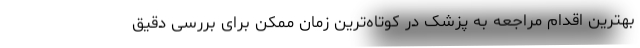
بهترین اقدام مراجعه به پزشک در کوتاه‌ترین زمان ممکن برای بررسی دقیق